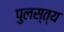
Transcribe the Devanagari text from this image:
पुलस्‍त्‍य